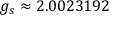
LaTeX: g _ { s } \approx 2 . 0 0 2 3 1 9 2